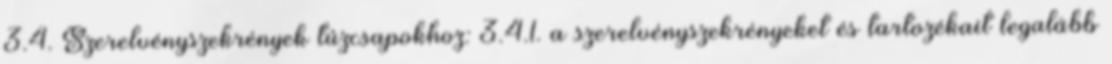
3.4. Szerelvényszekrények tûzcsapokhoz: 3.4.1. a szerelvényszekrényeket és tartozékait legalább